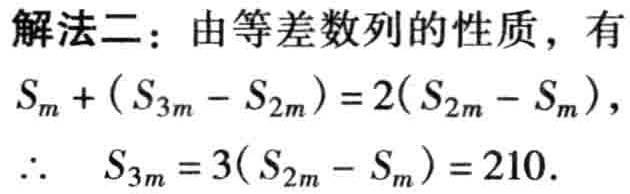
解法二：由等差数列的性质，有

\(S_{m}+(S_{3m}-S_{2m}) = 2(S_{2m}-S_{m})\)，

\(\therefore\ \ S_{3m}=3(S_{2m}-S_{m}) = 210\).